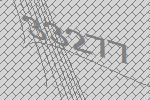
33277